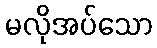
မလိုအပ်သော